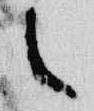
之